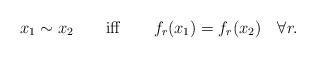
LaTeX: \begin{align*}x_1\sim x_2\qquad {\rm iff} \qquad f_r(x_1)=f_r(x_2)\quad \forall r.\end{align*}